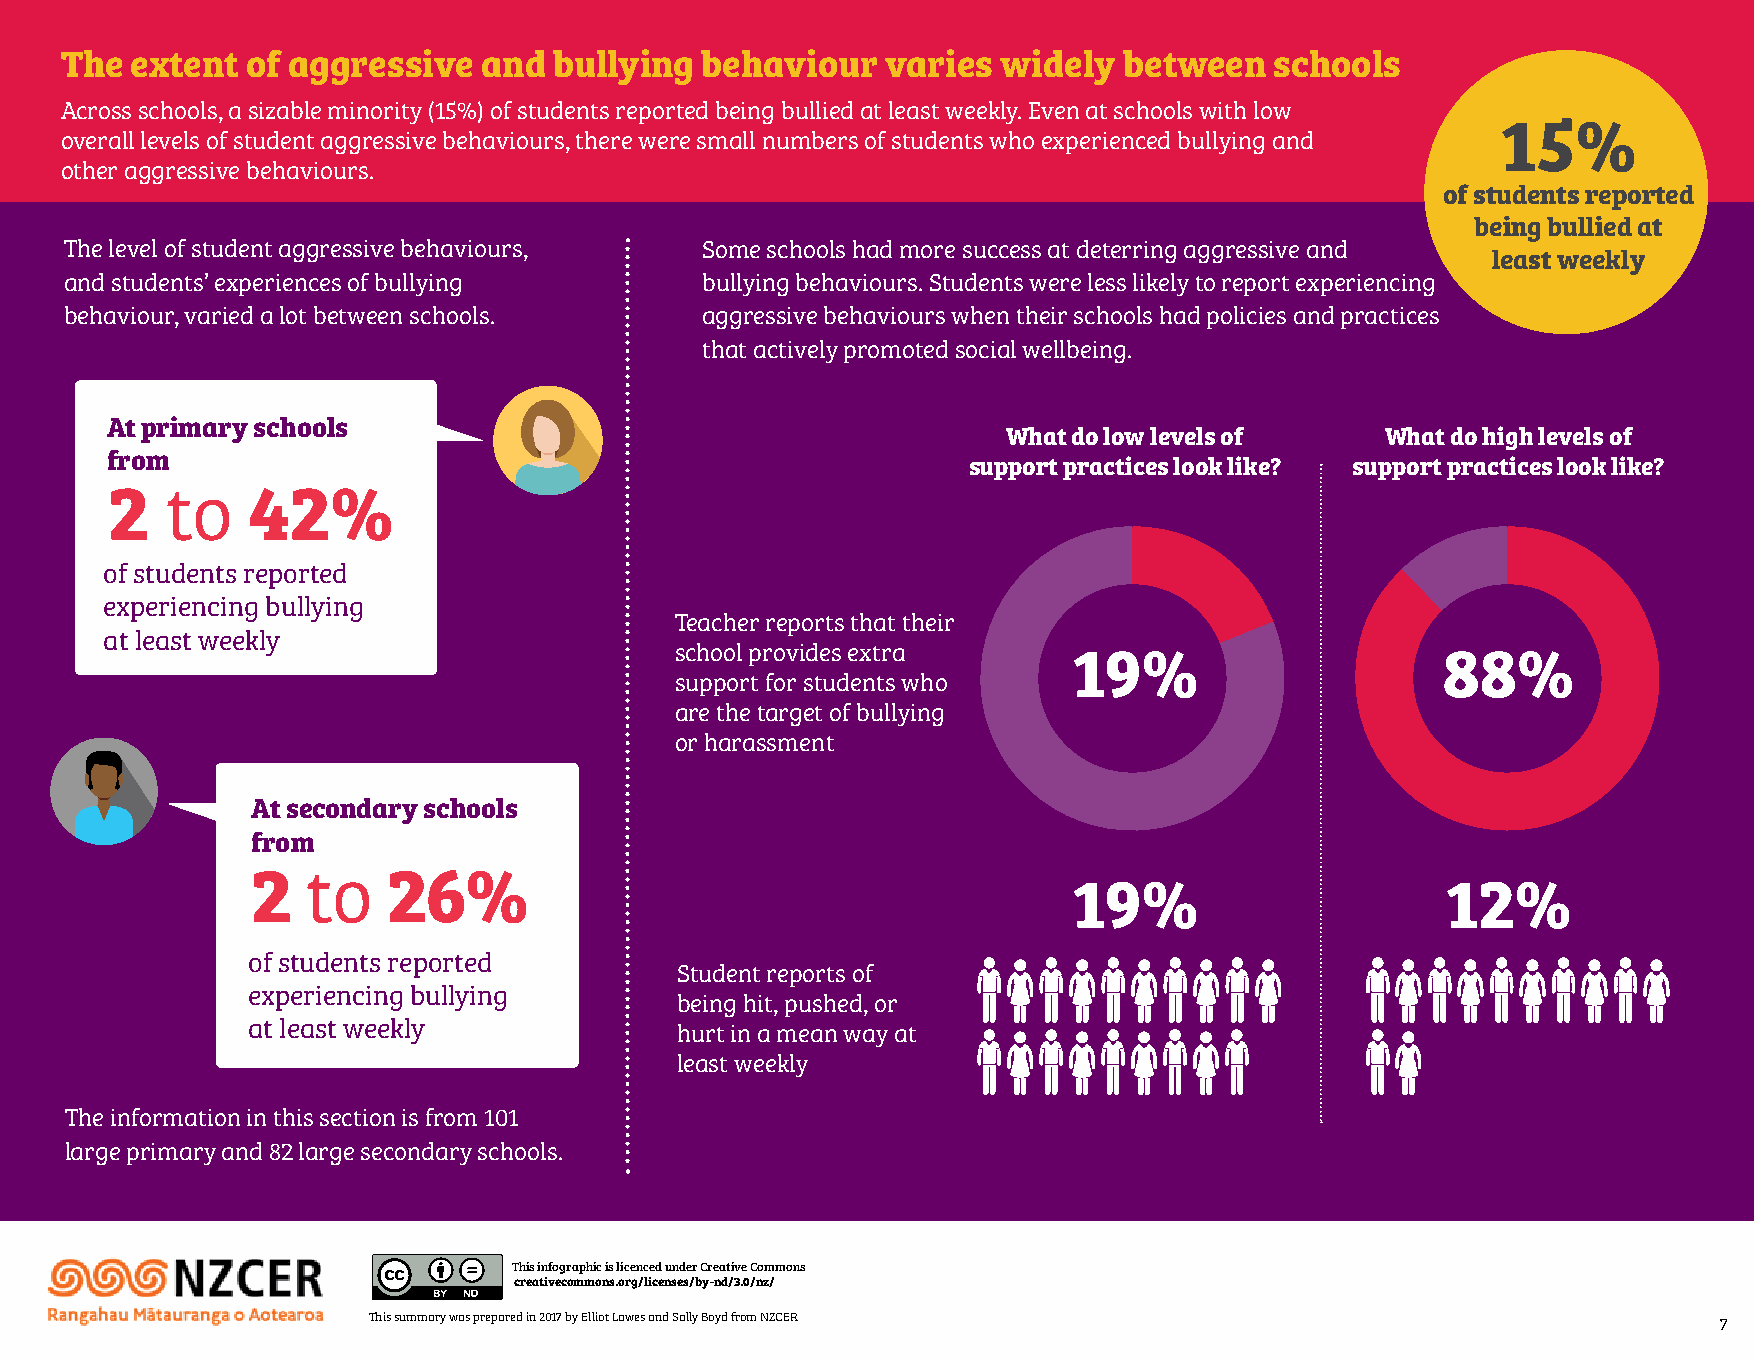
The  extent of aggressive   and  bullying behaviour    varies widely  between   schools
 Across schools, a sizable minority (15%) of students reported being bullied at least weekly. Even at schools with low
 15%
 overall levels of student aggressive behaviours, there were small numbers of students who experienced bullying and
 other aggressive behaviours.
 of students reported
 being bullied at
 The level of student aggressive behaviours, Some schools had more success at deterring aggressive and
 least weekly
 and students’ experiences of bullying      bullying behaviours. Students were less likely to report experiencing
 behaviour, varied a lot between schools.   aggressive behaviours when their schools had policies and practices
 that actively promoted social wellbeing.
 At primary schools
 What do low levels of    What do high levels of
 from
 support practices look like? support practices look like?
 2   to   42%
 of students reported
 experiencing bullying
 Teacher reports that their
 at least weekly
 school provides extra     19%                      88%
 support for students who
 are the target of bullying
 or harassment
 At secondary schools
 from
 2  to    26%
 19%                      12%
 of students reported
 Student reports of
 experiencing bullying
 being hit, pushed, or
 at least weekly              hurt in a mean way at
 least weekly
 The information in this section is from 101
 large primary and 82 large secondary schools.
 This infographic is licenced under Creative Commons
 creativecommons.org/licenses/by-nd/3.0/nz/
 This summary was prepared in 2017 by Elliot Lawes and Sally Boyd from NZCER               7